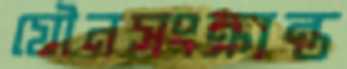
যৌনসংক্রান্ত